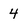
Character: 4